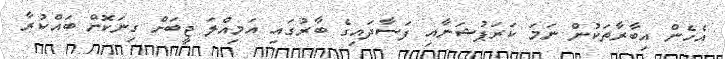
އެހެން އިބާރާތަކުން ނަމަ ކަރަޕުޝަނާއި ފަސާދައިގެ ބާރުގައި އަމިއްލަ ޖީބަށް ގިނަކޮށް ބައްކުރާ